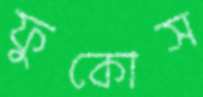
ফুকোস